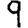
Digit: 9